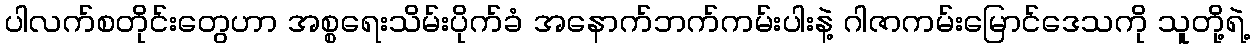
ပါလက်စတိုင်းတွေဟာ အစ္စရေးသိမ်းပိုက်ခံ အနောက်ဘက်ကမ်းပါးနဲ့ ဂါဇာကမ်းမြောင်ဒေသကို သူတို့ရဲ့